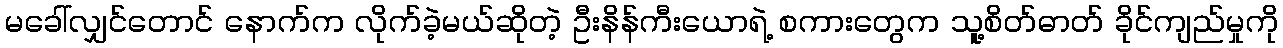
မခေါ်လျှင်တောင် နောက်က လိုက်ခဲ့မယ်ဆိုတဲ့ ဦးနိန်ကီးယောရဲ့ စကားတွေက သူ့စိတ်ဓာတ် ခိုင်ကျည်မှုကို